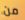
من